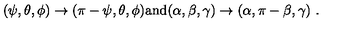
( \psi , \theta , \phi ) \to ( \pi - \psi , \theta , \phi ) \mathrm { a n d } ( \alpha , \beta , \gamma ) \to ( \alpha , \pi - \beta , \gamma ) \ .